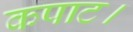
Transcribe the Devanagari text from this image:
कपाट।